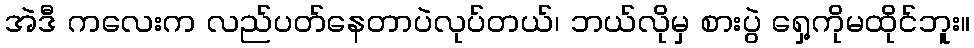
အဲဒီ ကလေးက လည်ပတ်နေတာပဲလုပ်တယ်၊ ဘယ်လိုမှ စားပွဲ ရှေ့ကိုမထိုင်ဘူး။